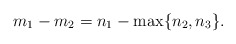
\begin{align*}m_1-m_2= n_1-\max\{n_2,n_3\}. \end{align*}